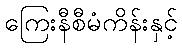
ကြေးနီစီမံကိန်းနှင့်